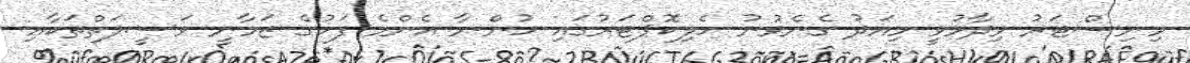
މިނިސްޓަރު ވިދާޅުވީ މިއަދު ގެނެވުނު ހެލިކޮޕްޓަރުގައި ހުންނާ އެންމެ ފަހުގެ ޒަމާނީ ވަސީލަތްތަކާއި